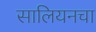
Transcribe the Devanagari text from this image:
सालियनचा